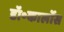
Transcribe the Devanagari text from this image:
डॉ॰कार्लोस